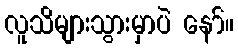
လူသိများသွားမှာပဲ နော်။